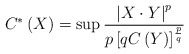
\begin{align*}C^{\ast}\left( X\right) =\sup\frac{\left\vert X\cdot Y\right\vert ^{p}}{p\left[ qC\left( Y\right) \right] ^{\frac{p}{q}}}\end{align*}